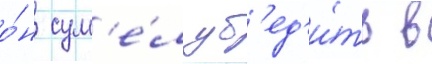
о́н сум'е́л уб'ед'и́ть в